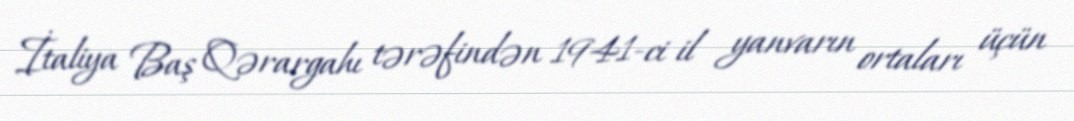
İtaliya Baş Qərargahı tərəfindən 1941-ci il yanvarın ortaları üçün